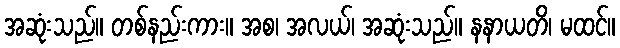
အဆုံးသည်။ တစ်နည်းကား။ အစ၊ အလယ်၊ အဆုံးသည်။ နနာယတိ၊ မထင်။